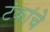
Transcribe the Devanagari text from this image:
टंकांचे